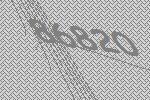
86820